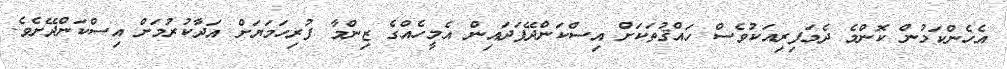
އެހެންކަމުން ކޮންމެ ދެމަފިރިއަކުވެސް ހައްޤުތަކަށް އިސްކަންދޭފަދައިން އެމީހެއްގެ ޒިންމާ ފުރިހަމަޔަށް އަދާކުރުމަށް އިސްކަންދޭށެވެ.